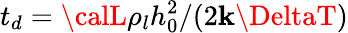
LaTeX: t_{d}={{\calL}\rho_{l}h_{0}^{2}}/({2\mathbf{k}\DeltaT})